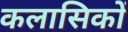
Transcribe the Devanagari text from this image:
कलासिकों